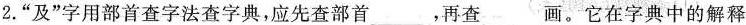
2.”及”字用部首查字法查字典，应先查部首___，再查___画。它在字典中的解释